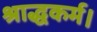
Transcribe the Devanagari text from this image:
श्राद्धकर्म।